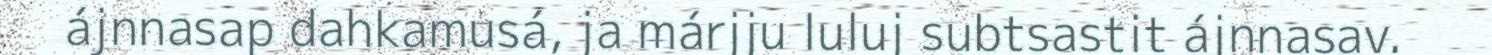
ájnnasap dahkamusá, ja márjju luluj subtsastit ájnnasav.